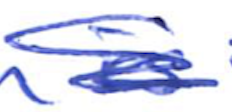
Text: is
Cross-out: scratch
Writing tool: ballpoint